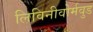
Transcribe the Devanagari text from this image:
लिविनीवोर्मवुड